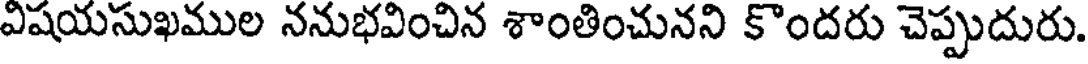
విషయసుఖముల ననుభవించిన శాంతించునని కొందరు చెప్పుదురు.